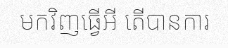
មកវិញធ្វើអី តើបានការ